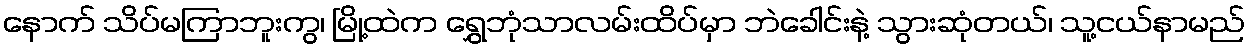
နောက် သိပ်မကြာဘူးကွ၊ မြို့ထဲက ရွှေဘုံသာလမ်းထိပ်မှာ ဘဲခေါင်းနဲ့ သွားဆုံတယ်၊ သူ့ငယ်နာမည်